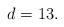
LaTeX: \begin{align*} d=13.\end{align*}